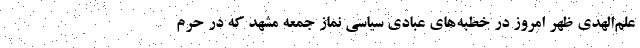
علم‌الهدی ظهر امروز در خطبه‌های عبادی سیاسی نماز جمعه مشهد که در حرم